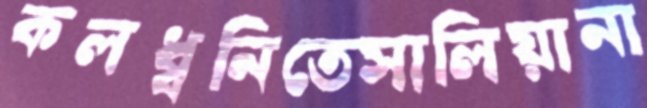
কলধ্বনিতেসালিয়ানা